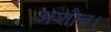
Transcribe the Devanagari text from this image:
अशौच।